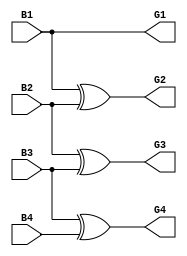
module bin_to_gray(input B1,B2,B3,B4, output G1,G2,G3,G4);
assign G1 = B1;
assign G2 = B1 ^ B2;
assign G3 = B2 ^ B3;
assign G4 = B3 ^ B4;
endmodule